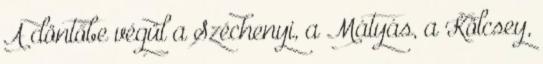
A döntőbe végül a Széchenyi, a Mátyás, a Kölcsey,